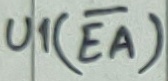
Text: U1(EA)